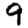
Digit: 9